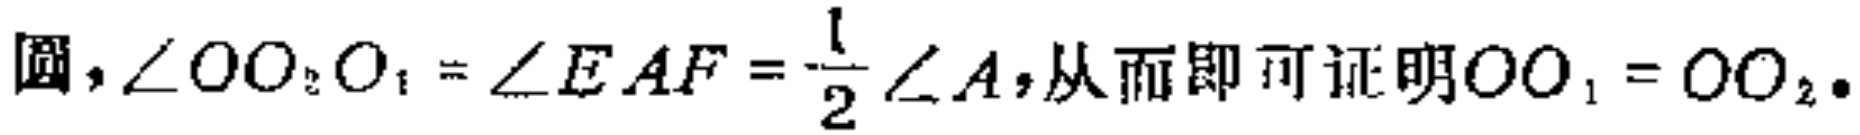
圆,$\angle OO_{2}O_{1}=\angle EAF = \frac{1}{2}\angle A$,从而即可证明$OO_{1}=OO_{2}$.